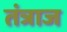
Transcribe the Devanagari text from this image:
तंत्राज